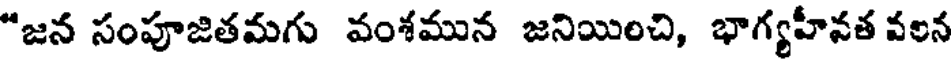
"జన సంపూజితమగు వంశమున జనియించి, భాగ్యహీవత వలన